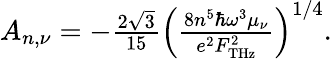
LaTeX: \begin{array}{r}{A_{n,\nu}=-\frac{2\sqrt{3}}{15}\left(\frac{8n^{5}\hbar\omega^{3}\mu_{\nu}}{e^{2}F_{\mathrm{THz}}^{2}}\right)^{1/4}.}\end{array}